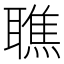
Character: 𦗠